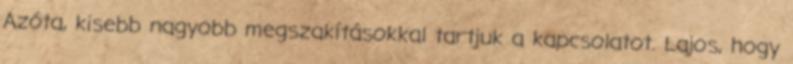
Azóta, kisebb nagyobb megszakításokkal tartjuk a kapcsolatot. Lajos, hogy